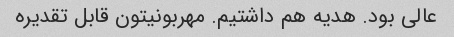
عالی بود. هدیه هم داشتیم. مهربونیتون قابل تقدیره